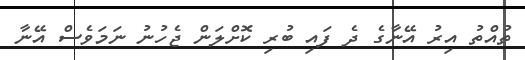
ތުއްތު އިރު އޭނާގެ ދެ ފައި ބުރި ކޮށްލަން ޖެހުނު ނަމަވެސް އޭނާ